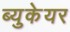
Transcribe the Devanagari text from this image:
ब्युकेयर